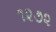
૧૨૭૨